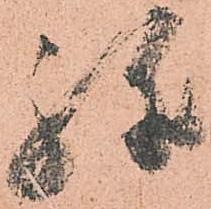
弥